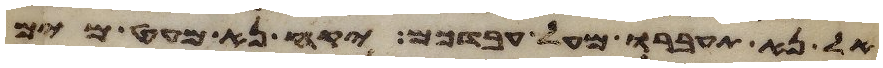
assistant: אל נא תעברו מעל עבדכם יקח נא מעט מים